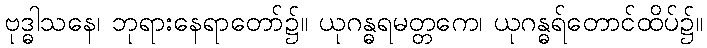
ဗုဒ္ဓါသနေ၊ ဘုရားနေရာတော်၌။ ယုဂန္ဓရမတ္တကေ၊ ယုဂန္ဓရ်တောင်ထိပ်၌။